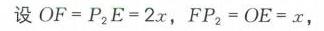
设 \(OF = P_{2}E = 2x\)，\(FP_{2}=OE = x\)，